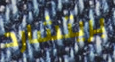
بريتشارد